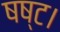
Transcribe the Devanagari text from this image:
षष्ट।